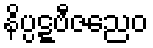
နိပ္ပဋ္ဋဗီဇညေဝ